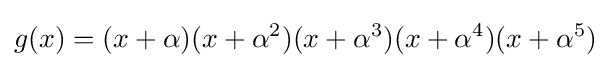
g(x)=(x+\alpha )(x+\alpha ^{2})(x+\alpha ^{3})(x+\alpha ^{4})(x+\alpha ^{5})